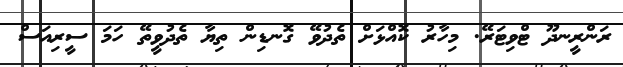
ރަންރީނދޫ ޓްވިޓަރޭ. މިހާރު ކޮއްޅަށް ތެދުވޭ ގޮނޑިން ތިޔާ ތެދުވީތޭ ހަމަ ސީރިއަސް